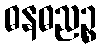
ဓနဓညဉ္စ